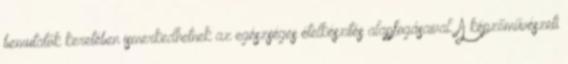
bemutatók keretében ismerkedhetnek az egészséges ételkészítés alapfogásaival. A képzőművészeti